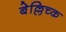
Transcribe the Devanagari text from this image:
बेल्लिच्क